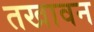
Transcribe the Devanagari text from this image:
तखावन